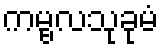
ကမ္ဗလသုခုမံ